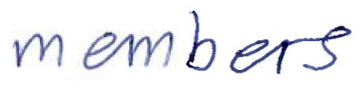
Text: members
Cross-out: clean
Writing tool: ballpoint